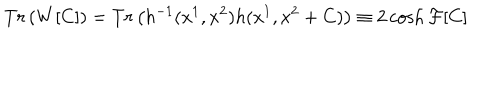
T r \left( W [ C ] \right) = T r \left( h ^ { - 1 } ( x ^ { 1 } , x ^ { 2 } ) h ( x ^ { 1 } , x ^ { 2 } + C ) \right) \equiv 2 \cosh { \mathcal { F } [ C ] }